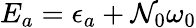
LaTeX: E_{a}=\epsilon_{a}+\mathcal{N}_{0}\omega_{0}